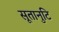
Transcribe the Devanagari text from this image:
सूतानुटि